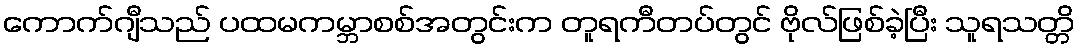
ကောက်ဂျီသည် ပထမကမ္ဘာစစ်အတွင်းက တူရကီတပ်တွင် ဗိုလ်ဖြစ်ခဲ့ပြီး သူရသတ္တိ